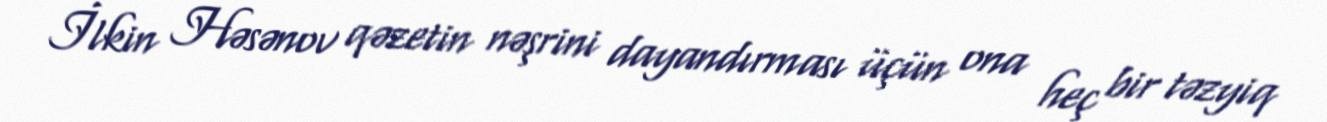
İlkin Həsənov qəzetin nəşrini dayandırması üçün ona heç bir təzyiq